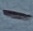
Text: -